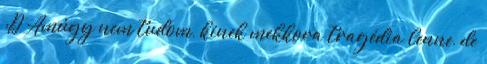
:D Amúgy nem tudom, kinek mekkora tragédia lenne, de